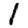
Digit: 1